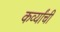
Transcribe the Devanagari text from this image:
कर्व्यांची